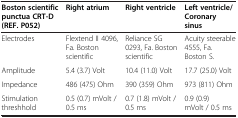
| Boston scientific punctua CRT-D (REF. P052) | Right atrium | Right ventricle | Left ventricle/ Coronary sinus |
 | --- | --- | --- | --- |
 | Electrodes | Flextend II 4096, Fa. Boston scientific | Reliance SG 0293, Fa. Boston scientific | Acuity steerable 4555, Fa. Boston S. |
 | Amplitude | 5.4 (3.7) Volt | 10.4 (11.0) Volt | 17.7 (25.0) Volt |
 | Impedance | 486 (475) Ohm | 390 (359) Ohm | 973 (811) Ohm |
 | Stimulation threshhold | 0.5 (0.7) mVolt / 0.5 ms | 0.7 (1.8) mVolt / 0.5 ms | 0.9 (0.9) mVolt / 0.5 ms |